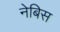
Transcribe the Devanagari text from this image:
नेबिस